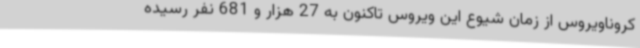
کروناویروس از زمان شیوع این ویروس تاکنون به 27 هزار و 681 نفر رسیده